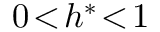
0 \! < \! h ^ { \ast } \! < \! 1